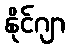
နိုင်ဂျာ